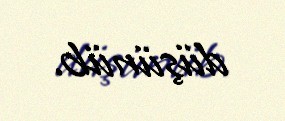
düşünüb.